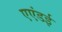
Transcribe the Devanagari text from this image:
एएंडई